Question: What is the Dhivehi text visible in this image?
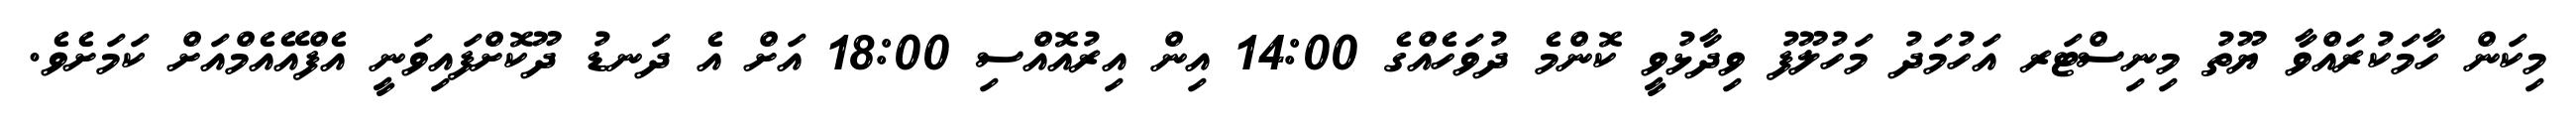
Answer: މިކަން ހާމަކުރައްވާ ޔޫތު މިނިސްޓަރ އަހުމަދު މަހުލޫފު ވިދާޅުވީ ކޮންމެ ދުވަހެއްގެ 14:00 އިން އިރުއޮއްސި 18:00 އަށް އެ ދަނޑު ދޫކޮށްފައިވަނީ އެފްއޭއެމްއަށް ކަމަށެވެ.